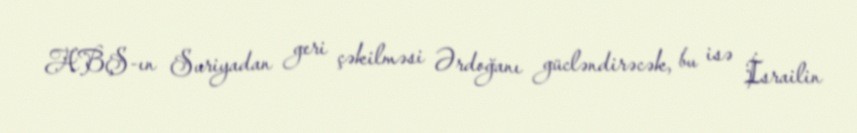
ABŞ-ın Suriyadan geri çəkilməsi Ərdoğanı gücləndirəcək, bu isə İsrailin